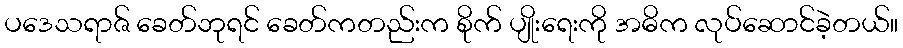
ပဒေသရာဇ် ခေတ်ဘုရင် ခေတ်ကတည်းက စိုက် ပျိုးရေးကို အဓိက လုပ်ဆောင်ခဲ့တယ်။